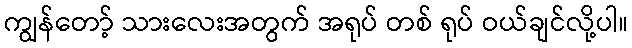
ကျွန်တော့် သားလေးအတွက် အရုပ် တစ် ရုပ် ဝယ်ချင်လို့ပါ။